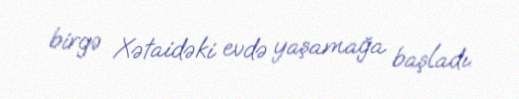
birgə Xətaidəki evdə yaşamağa başladı.